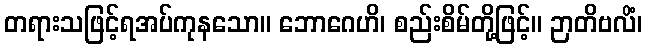
တရားသဖြင့်ရအပ်ကုနသော။ ဘောဂေဟိ၊ စည်းစိမ်တို့ဖြင့်။ ဉာတိဗလိံ၊